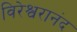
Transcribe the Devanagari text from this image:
विरेश्वरानंद